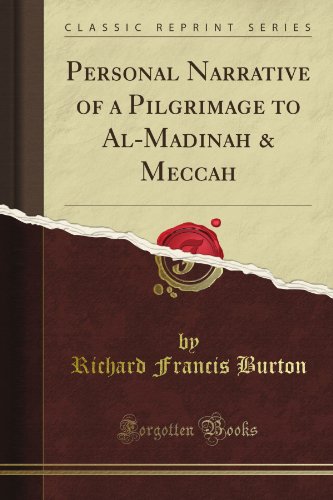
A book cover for Personal Narrative of a Pilgrimage to Al-Madinah & Meccah (Classic Reprint); Richard Francis Burton; Religion & Spirituality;